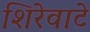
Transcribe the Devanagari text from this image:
शिरेवाटे